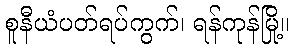
စူနီယံပတ်ရပ်ကွက်၊ ရန်ကုန်မြို့။